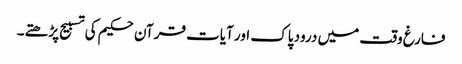
فارغ وقت میں درود پاک اور آیات قرآن حکیم کی تسبیح پڑھتے۔